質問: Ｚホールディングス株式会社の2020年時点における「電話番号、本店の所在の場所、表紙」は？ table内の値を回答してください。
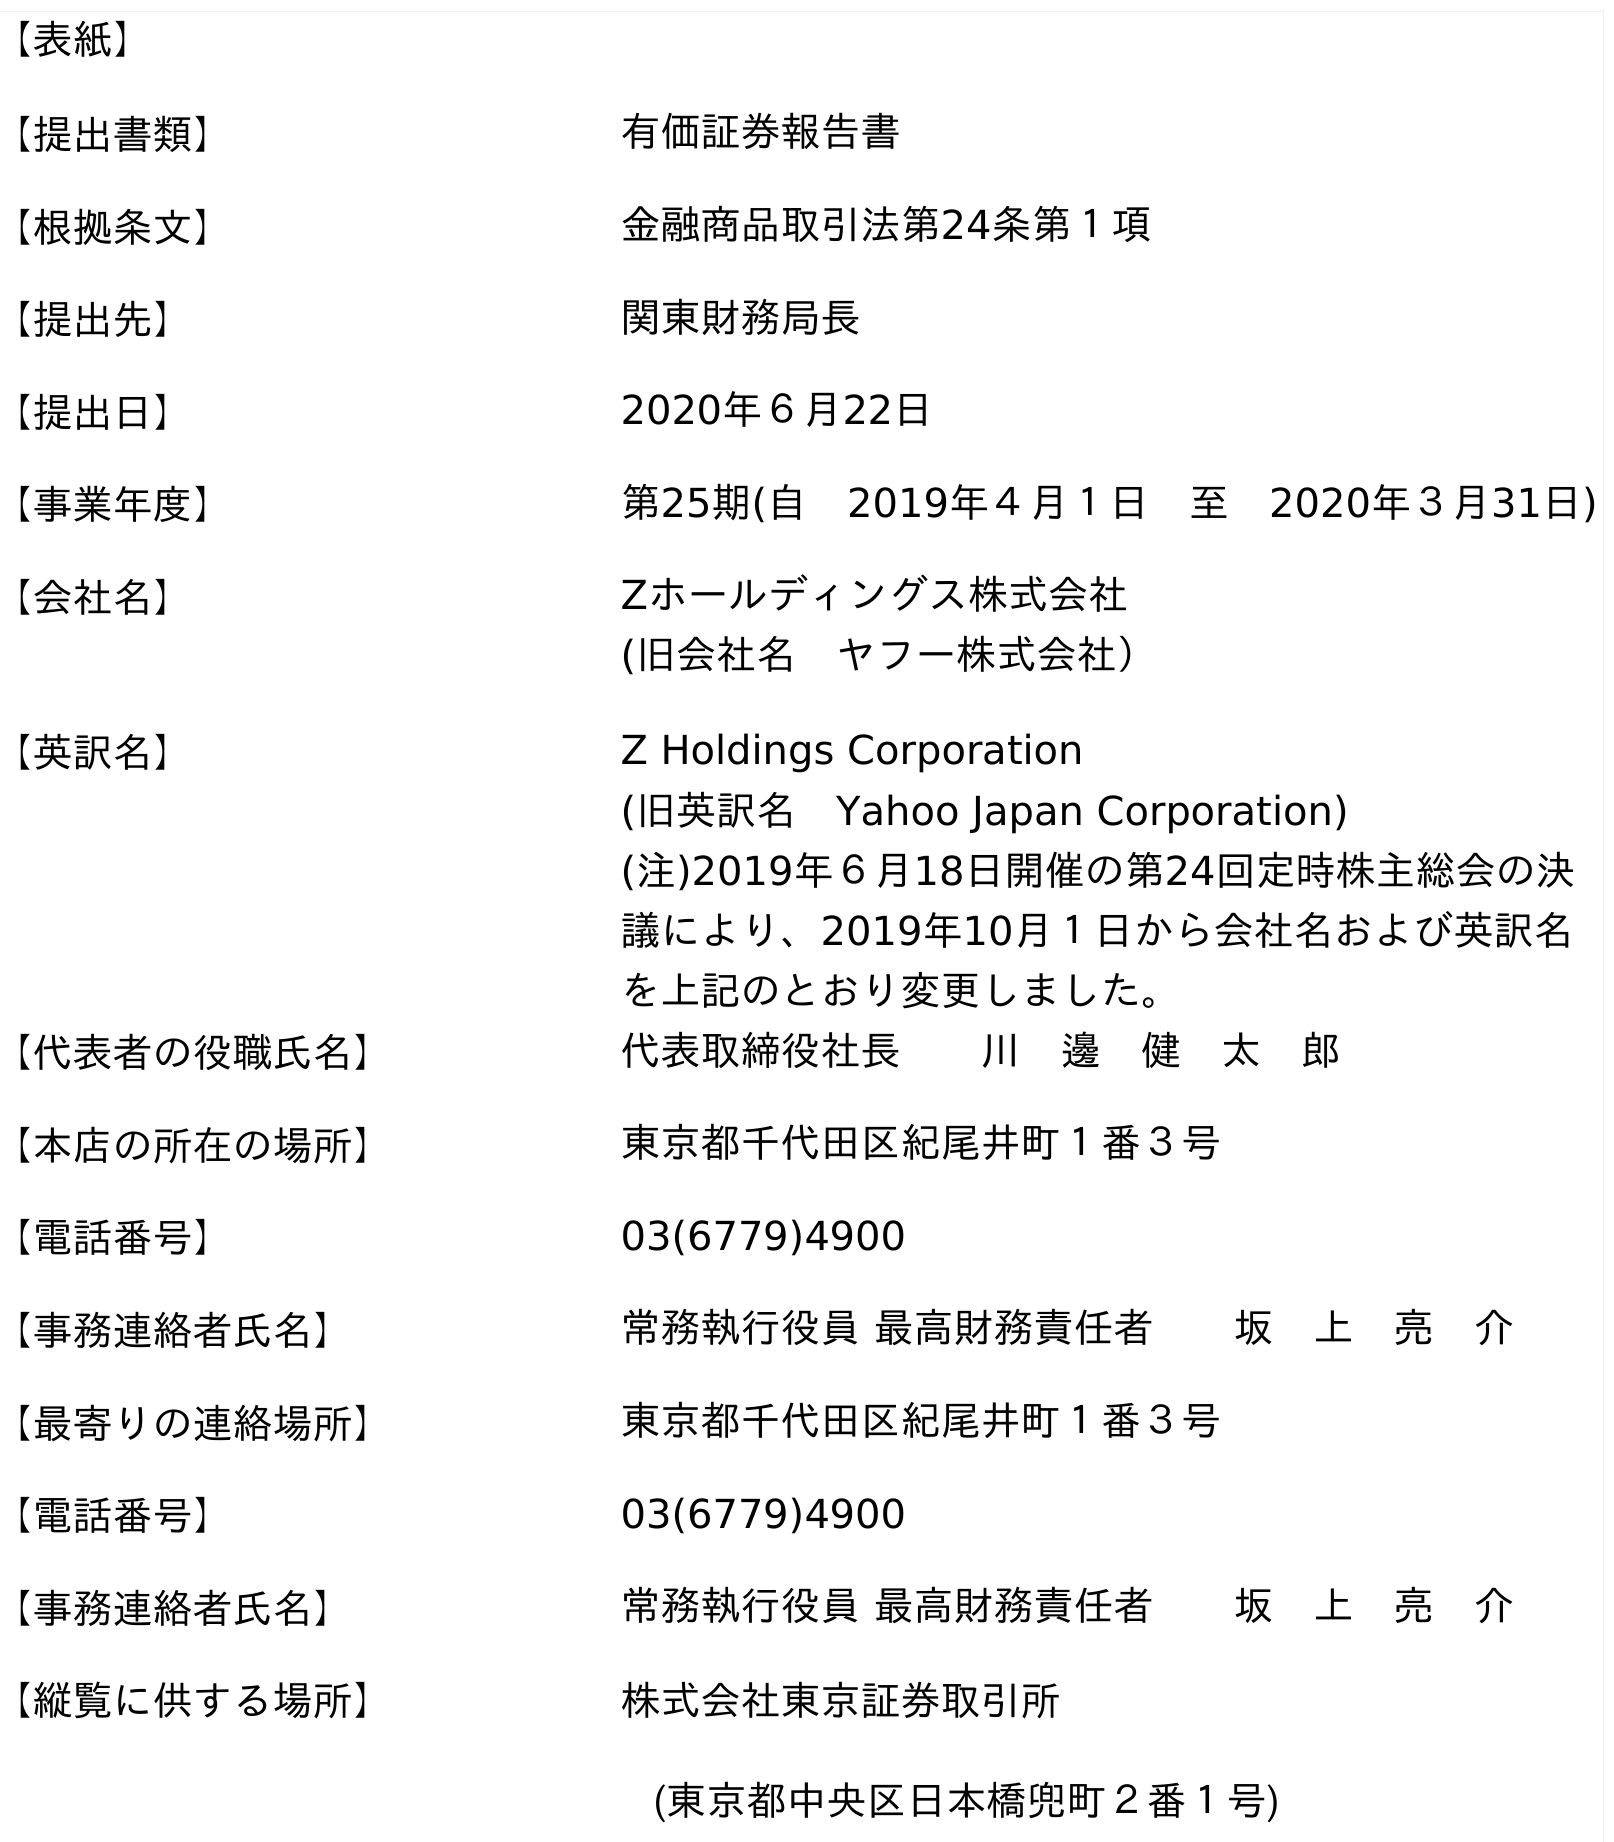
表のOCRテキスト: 【表紙】 【提出書類】 有価証券報告書 【根拠条文】 金融商品取引法第24条第１項 【提出先】 関東財務局長 【提出日】 2020年６月22日 【事業年度】 第25期(自 2019年４月１日 至 2020年３月31日) 【会社名】 Zホールディングス株式会社 (旧会社名 ヤフー株式会社） 【英訳名】 Z Holdings Corporation (旧英訳名 Yahoo Japan Corporation) (注)2019年６月18日開催の第24回定時株主総会の決 議により、2019年10月１日から会社名および英訳名 を上記のとおり変更しました。 【代表者の役職氏名】 代表取締役社長  川 邊 健 太 郎 【本店の所在の場所】 東京都千代田区紀尾井町１番３号 【電話番号】 03(6779)4900 【事務連絡者氏名】 常務執行役員 最高財務責任者  坂 上 亮 介 【最寄りの連絡場所】 東京都千代田区紀尾井町１番３号 【電話番号】 03(6779)4900 【事務連絡者氏名】 常務執行役員 最高財務責任者  坂 上 亮 介 【縦覧に供する場所】 株式会社東京証券取引所 (東京都中央区日本橋兜町２番１号)
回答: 03(6779)4900